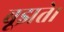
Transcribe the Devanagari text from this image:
बूझते।